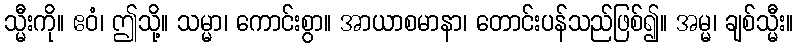
သ္မီးကို။ ဧဝံ၊ ဤသို့။ သမ္မာ၊ ကောင်းစွာ။ အာယာစမာနာ၊ တောင်းပန်သည်ဖြစ်၍။ အမ္မ၊ ချစ်သ္မီး။